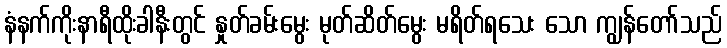
နံနက်ကိုးနာရီထိုးခါနီးတွင် နှုတ်ခမ်းမွေး မုတ်ဆိတ်မွေး မရိတ်ရသေး သော ကျွန်တော်သည်